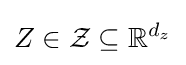
Z\in {\mathcal {Z}}\subseteq \mathbb {R} ^{d_{z}}